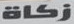
زكاة